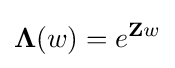
\mathbf {\Lambda } (w)=e^{\mathbf {Z} w}